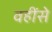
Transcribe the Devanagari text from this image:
वहींसे